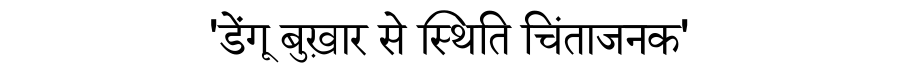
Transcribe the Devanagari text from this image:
'डेंगू बुख़ार से स्थिति चिंताजनक'